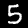
Label: 5